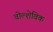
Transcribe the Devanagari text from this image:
वोल्शेविक